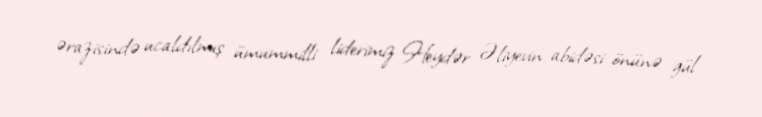
ərazisində ucaldılmış ümummilli liderimiz Heydər Əliyevin abidəsi önünə gül